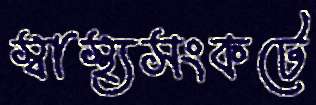
স্বাস্থ্যসংকটে